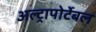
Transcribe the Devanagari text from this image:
अल्ट्रापोर्टेबल